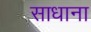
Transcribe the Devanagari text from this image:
साधाना